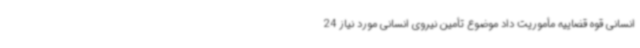
انسانی قوه قضاییه مأموریت داد موضوع تأمین نیروی انسانی مورد نیاز 24